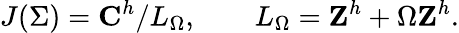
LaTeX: J(\Sigma)={\mathbf C}^{h}/L_{\Omega},\qquad L_{\Omega}={\mathbf Z}^{h}+\Omega{\mathbf Z}^{h}.